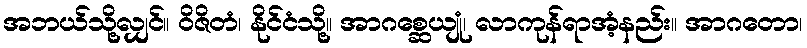
အဘယ်သို့လျှင်။ ဝိဇိတံ၊ နိုင်ငံသို့။ အာဂစ္ဆေယျုံ၊ လာကုန်ရာအံ့နည်း။ အာဂတော၊